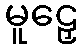
မူဠှေ